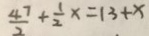
\frac { 4 7 } { 2 } + \frac { 1 } { 2 } x = 1 3 + x